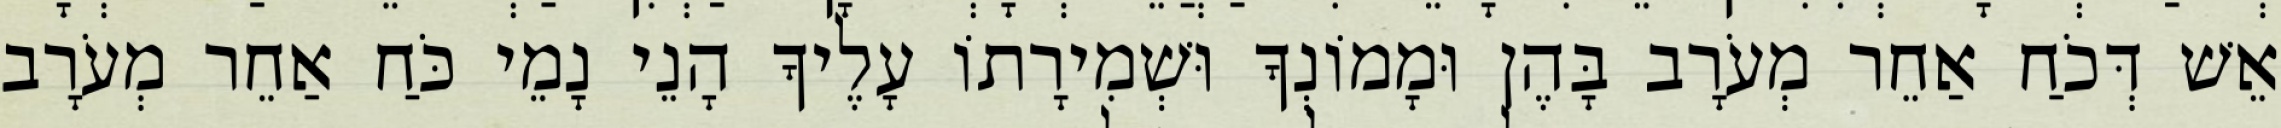
אֵשׁ דְּכֹחַ אַחֵר מְעֹרָב בָּהֶן וּמָמוֹנְךָ וּשְׁמִירָתוֹ עָלֶיךָ הָנֵי נָמֵי כֹּחַ אַחֵר מְעֹרָב